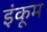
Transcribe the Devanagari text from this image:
इंकूम